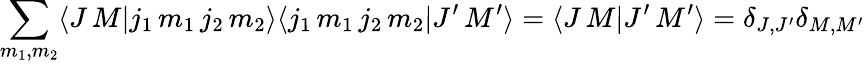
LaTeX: \sum_{m_{1},m_{2}}\langle J\, M|j_{1}\, m_{1}\, j_{2}\, m_{2}\rangle\langle j_{1}\, m_{1}\, j_{2}\, m_{2}|J^{\prime}\, M^{\prime}\rangle=\langle J\, M|J^{\prime}\, M^{\prime}\rangle=\delta_{J,J^{\prime}}\delta_{M,M^{\prime}}